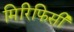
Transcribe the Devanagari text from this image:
मिरिफिसी